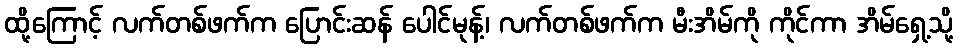
ထို့ကြောင့် လက်တစ်ဖက်က ပြောင်းဆန် ပေါင်မုန့်၊ လက်တစ်ဖက်က မီးအိမ်ကို ကိုင်ကာ အိမ်ရှေ့သို့